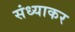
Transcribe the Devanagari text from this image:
संध्याकर